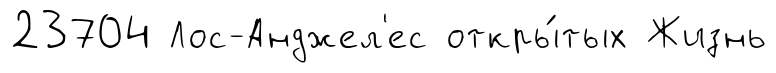
23704 Лос-Анджел'ес откры́тых Жизнь